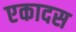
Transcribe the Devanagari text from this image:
एकादस